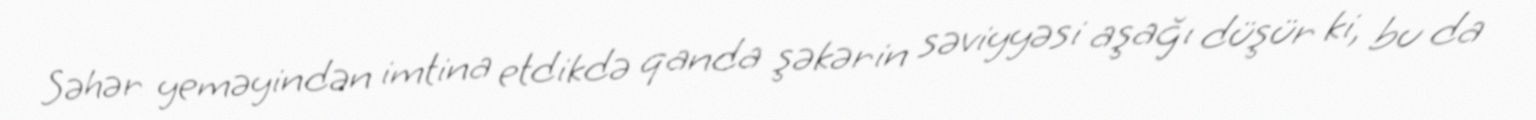
Səhər yeməyindən imtina etdikdə qanda şəkərin səviyyəsi aşağı düşür ki, bu da